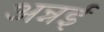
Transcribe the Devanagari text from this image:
अन्नई